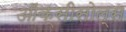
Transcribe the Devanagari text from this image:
ऑक्सीसोल्स